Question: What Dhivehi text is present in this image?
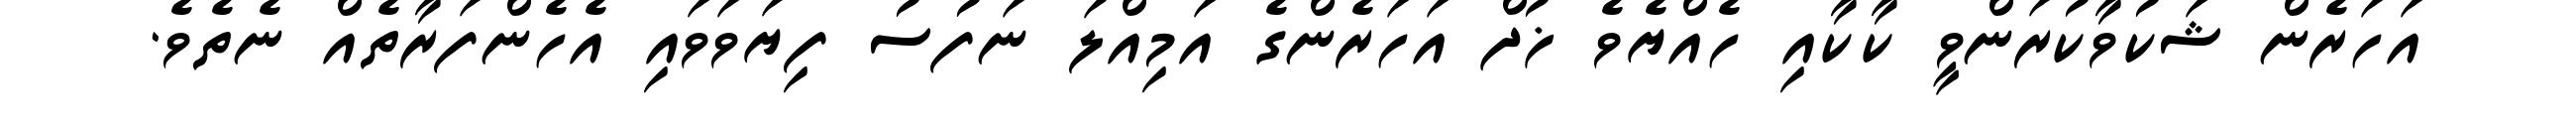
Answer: އަހަރެން ޝަކުވާކުރަންވީ ކާކާއި ހެއްޔެވެ ޚުދް އަހަރެންގެ އަމިއްލަ ނަފުސު ފިޔަވަވައި އެހެންފަރާތެއް ނެތެވެ.